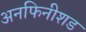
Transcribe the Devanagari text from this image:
अनफिनीशड